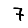
Digit: 7